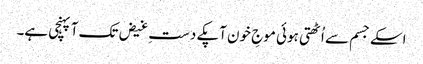
اسکے جسم سے اُٹھتی ہوئی موجِ خون آپکے دستِ غیض تک آپہنچی ہے۔